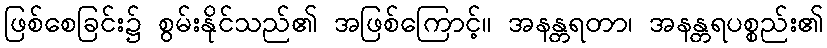
ဖြစ်စေခြင်း၌ စွမ်းနိုင်သည်၏ အဖြစ်ကြောင့်။ အနန္တရတာ၊ အနန္တရပစ္စည်း၏